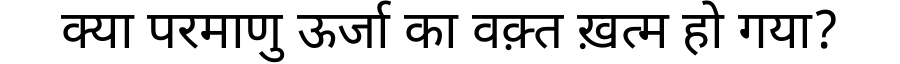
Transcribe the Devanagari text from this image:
क्या परमाणु ऊर्जा का वक़्त ख़त्म हो गया?